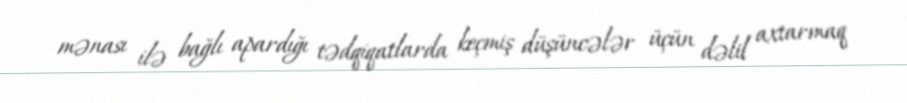
mənası ilə bağlı apardığı tədqiqatlarda keçmiş düşüncələr üçün dəlil axtarmaq